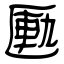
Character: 匭